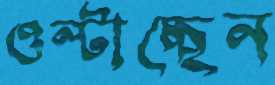
ওল্টাচ্ছেন